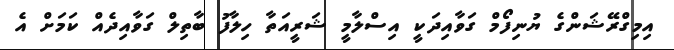
އިމިގްރޭޝަންގެ ޔުނިފޯމް ގަވާއިދަކީ އިސްލާމީ ޝަރީއަތާ ހިލާފު ބާތިލް ގަވާއިދެއް ކަމަށް އެ